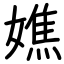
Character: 嫶